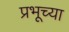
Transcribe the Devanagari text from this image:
प्रभूच्या